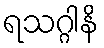
ရသဂ္ဂါနိ